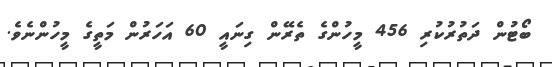
ބޯޓުން ދަތުރުކުރި 456 މީހުންގެ ތެރޭން ގިނައީ 60 އަހަރުން މަތީގެ މީހުންނެވެ.